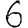
Digit: 6